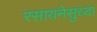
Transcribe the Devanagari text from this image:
रसायनेसुध्दा